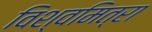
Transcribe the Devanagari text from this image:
विश्‍वमित्रा